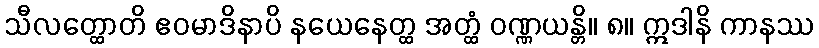
သီလတ္ထောတိ ဧဝမာဒိနာပိ နယေနေတ္ထ အတ္ထံ ဝဏ္ဏယန္တိ။ ၈။ ဣဒါနိ ကာနဿ